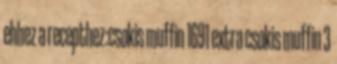
ehhez a recepthez:csokis muffin 1691 extra csokis muffin 3